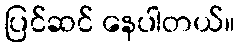
ပြင်ဆင် နေပါတယ်။